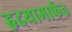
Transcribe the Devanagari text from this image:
हृदयामार्फत